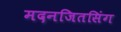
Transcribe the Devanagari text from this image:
मदनजितसिंग